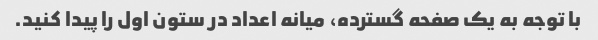
با توجه به یک صفحه گسترده، میانه اعداد در ستون اول را پیدا کنید.